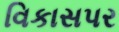
વિકાસપર